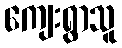
ကျေးရွာသူ